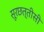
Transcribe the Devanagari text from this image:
सूरछत्तीसी